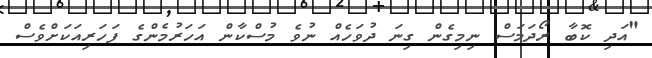
"އަދި ކޮބާ ރޯދަމަސް ނިމިގެން ގިނަ ދުވަހެއް ނުވެ މުސްކާން އަހަރުމެންގެ ފަހަރިއަކަށްވެސް